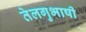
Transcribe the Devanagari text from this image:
तेलगुभाषी